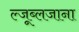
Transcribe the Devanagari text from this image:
ल्जूब्लजाना